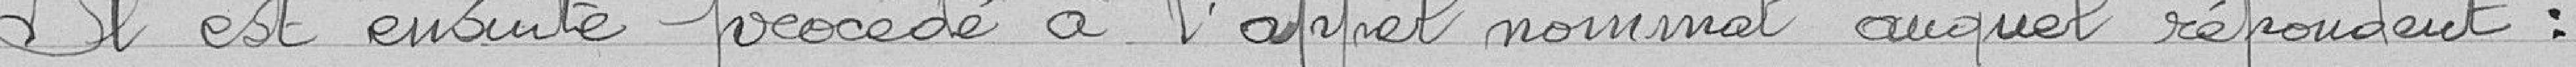
Il est ensuite procédé à l'appel nominal auquel répondent :